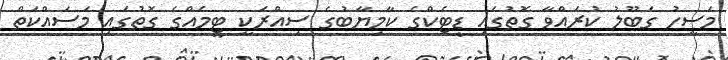
މަސީހު ގަބޫލު ކުރައްވާ ގޮތުގައި ޑީޓެކްގެ ކާމިޔާބުގެ ސިއްރަކީ ޓީމެއްގެ ގޮތުގައި މަސައްކަތް